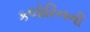
કલોરિનની